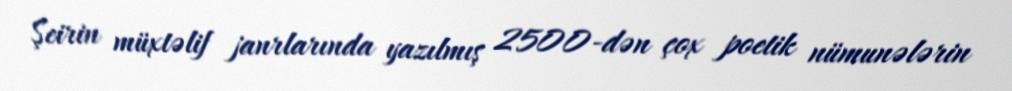
Şeirin müxtəlif janrlarında yazılmış 2500-dən çox poetik nümunələrin